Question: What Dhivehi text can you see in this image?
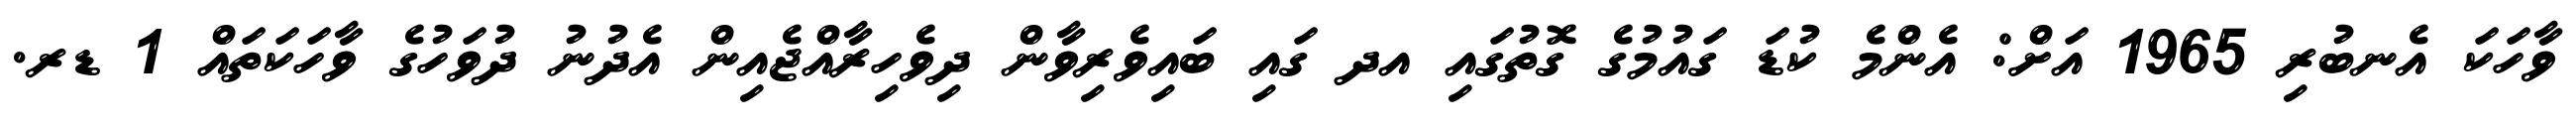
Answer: ވާހަކަ އެނބުރި 1965 އަށް: އެންމެ ކުޑަ ގައުމުގެ ގޮތުގައި އދ ގައި ބައިވެރިވާން ދިވެހިރާއްޖެއިން އެދުނު ދުވަހުގެ ވާހަކަތައް 1 ޑރ.